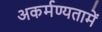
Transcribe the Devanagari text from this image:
अकर्मण्यतामें